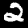
Label: 2